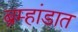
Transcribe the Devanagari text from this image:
ब्रम्हांडात